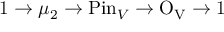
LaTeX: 1 \rightarrow \mu _ { 2 } \rightarrow \mathrm { P i n } _ { V } \rightarrow \mathrm { O _ { V } } \rightarrow 1